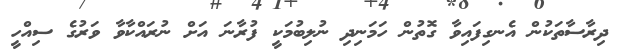
ދިރާސާތަކުން އެނގިފައިވާ ގޮތުން ހަމަނިދި ނުލިބުމަކީ ފުރާނަ އަށް ނުރައްކާވާ ވަރުގެ ސިއްހީ